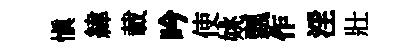
慎緯載吟使姚瓢作淫壯